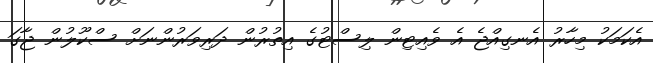
އެކަމަކު މިހާރު އެނގިއްޖެ އެ ވެއިޓިން ލިސްޓުގެ އިތުރުން ދަރިވަރުންނަށް ސްކޫލުން ޖާގަ